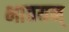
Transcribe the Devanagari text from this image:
भावयन्